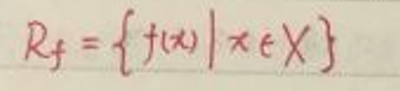
$R_{f}=\{ f(x)|x\in X\}$